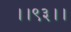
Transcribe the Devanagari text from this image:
।।९३।।